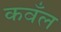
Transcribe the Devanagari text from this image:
कवँल